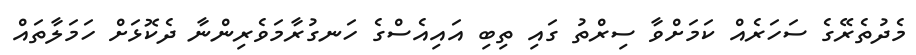
މެދުތެރޭގެ ސަހަރެއް ކަމަށްވާ ސިރްތު ގައި ތިބި އައިއެސްގެ ހަނގުރާމަވެރިންނާ ދެކޮޅަށް ހަމަލާތައް